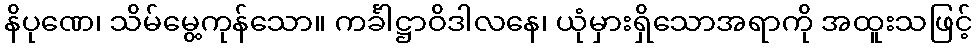
နိပုဏေ၊ သိမ်မွေ့ကုန်သော။ ကင်္ခါဋ္ဌာဝိဒါလနေ၊ ယုံမှားရှိသောအရာကို အထူးသဖြင့်